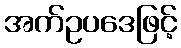
အက်ဥပဒေဖြင့်